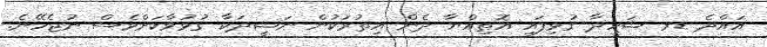
އައްދެ ޑރ ޝަހީދާ ގުޅިފައި އޮތިއްޔާ ދެން އިތުރަކުން ނަޝީދަކާ ގުޅުވާކަށްވެސް ނުޖެހޭނެ.